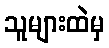
သူများထဲမှ